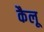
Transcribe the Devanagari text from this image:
कैलू